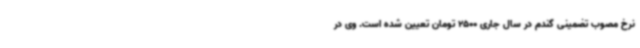
نرخ مصوب تضمینی گندم در سال جاری 2500 تومان تعیین شده‌ است. وی در